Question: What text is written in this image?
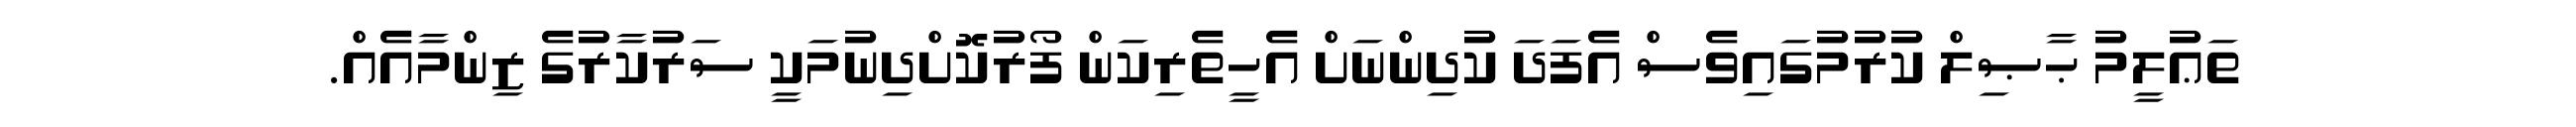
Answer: ތަޢުލީމު ޙާޞިލް ކުރުމުގައިވެސް އެފަދަ ކުދިންނަށް އެހީތެރިކަން ފޯރުކޮށްދިނުމަކީ ސަރުކާރުގެ ޒިންމާއެއް.